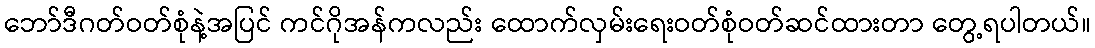
ဘော်ဒီဂတ်ဝတ်စုံနဲ့အပြင် ကင်ဂိုအန်ကလည်း ထောက်လှမ်းရေးဝတ်စုံဝတ်ဆင်ထားတာ တွေ့ရပါတယ်။